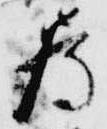
為